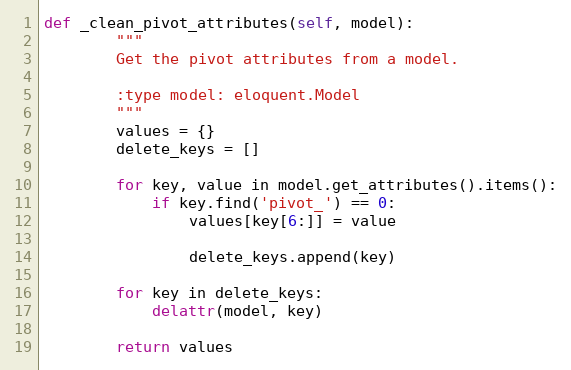
Language: Python
def _clean_pivot_attributes(self, model):
        """
        Get the pivot attributes from a model.

        :type model: eloquent.Model
        """
        values = {}
        delete_keys = []

        for key, value in model.get_attributes().items():
            if key.find('pivot_') == 0:
                values[key[6:]] = value

                delete_keys.append(key)

        for key in delete_keys:
            delattr(model, key)

        return values